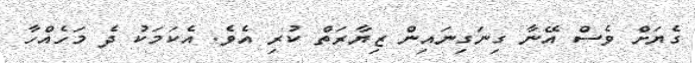
ގެޔަށް ވެސް އޭނާ ގިނަގިނައިން ޒިޔާރަތް ކުރި އެވެ. އެކަމަކު ދެ މަހެއްހާ